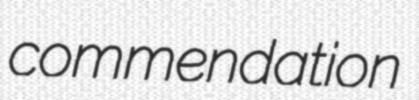
commendation